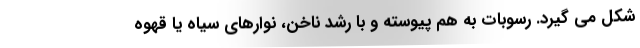
شکل می گیرد. رسوبات به هم پیوسته و با رشد ناخن، نوارهای سیاه یا قهوه